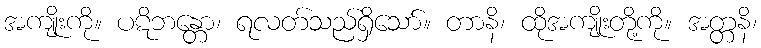
အကျိုးကို။ ပဋိဘန္တော၊ ရလတ်သည်ရှိသော်။ တာနိ၊ ထိုအကျိုးတို့ကို။ အတ္တနိ၊